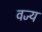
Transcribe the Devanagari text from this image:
वज्य